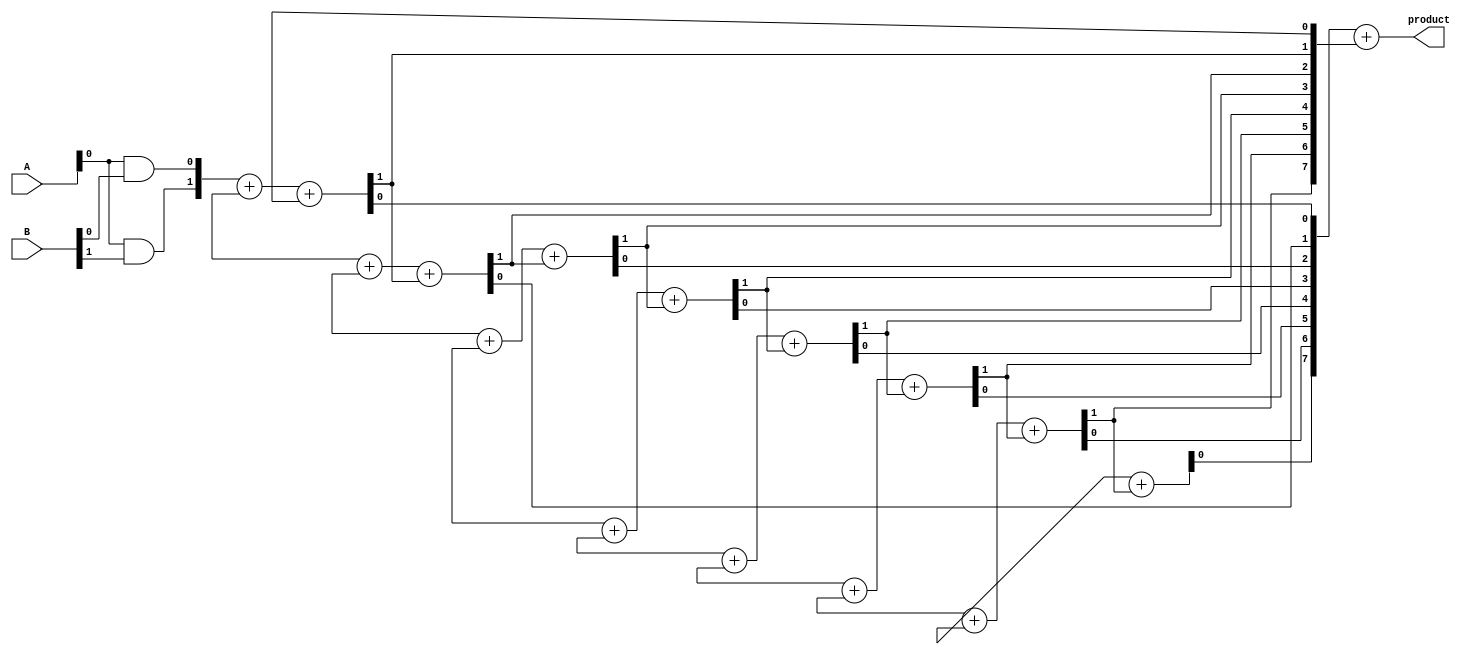
module AdaptiveWallaceTreeMultiplier #(parameter A_WIDTH = 8, B_WIDTH = 8)(
    input [A_WIDTH-1:0] A,
    input [B_WIDTH-1:0] B,
    output reg [A_WIDTH + B_WIDTH - 1:0] product
);

    // Generate Partial Products
    wire [A_WIDTH * B_WIDTH - 1:0] partial_products [0:A_WIDTH-1];
    genvar i, j;
    generate
        for (i = 0; i < A_WIDTH; i = i + 1) begin : pp_gen
            for (j = 0; j < B_WIDTH; j = j + 1) begin : pp_gen_inner
                assign partial_products[i][j + (i * B_WIDTH)] = A[i] & B[j];
            end
        end
    endgenerate

    // Wallace Tree Reduction
    wire [A_WIDTH * B_WIDTH - 1:0] sum;
    wire [A_WIDTH * B_WIDTH - 1:0] carry;
    wire [A_WIDTH * B_WIDTH - 1:0] final_sum;
    wire [A_WIDTH * B_WIDTH - 1:0] final_carry;

    // Carry Save Adder (CSA) for reduction
    generate
        for (i = 0; i < A_WIDTH; i = i + 1) begin : csa
            if (i < A_WIDTH - 1) begin
                assign {carry[i + 1], sum[i]} = partial_products[i] + partial_products[i + 1] + carry[i];
            end else begin
                assign {carry[i], sum[i]} = partial_products[i] + carry[i];
            end
        end
    endgenerate

    // Final Addition
    wire [A_WIDTH + B_WIDTH - 1:0] final_product;
    wire [A_WIDTH + B_WIDTH - 1:0] final_carry_out;

    // Using a simple ripple carry adder for final addition
    assign {final_carry_out, final_product} = sum + carry;

    // Assign final product
    always @(*) begin
        product = final_product;
    end

endmodule